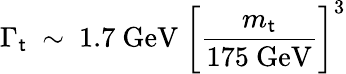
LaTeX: \Gamma_{\mathsf{t}}\ \sim\ 1.7\ \mathrm{{GeV}}\ \biggl[{\frac{{m_{\mathsf{t}}}}{{175\ \mathrm{{GeV}}}}}\biggr]^{3}